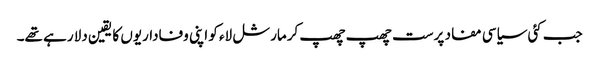
جب کئی سیاسی مفاد پرست چھپ چھپ کرمارشل لاء کو اپنی وفاداریوں کا یقین دلا رہے تھے۔